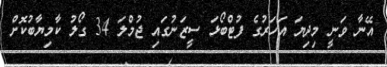
އޭނާ ވަނީ މިދިޔަ އަހަރުގެ ފުޓްބޯޅަ ސީޒަނުގައި ޖުމްލަ 34 ގޯލު ކާމިޔާބުކޮށް